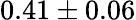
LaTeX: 0.41\pm 0.06